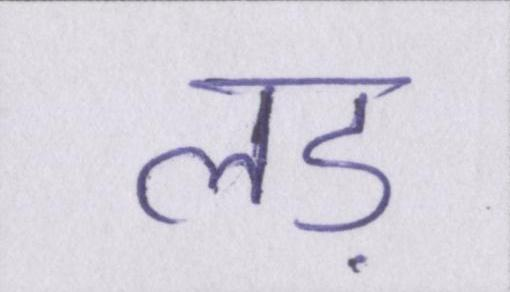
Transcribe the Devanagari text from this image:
लड़